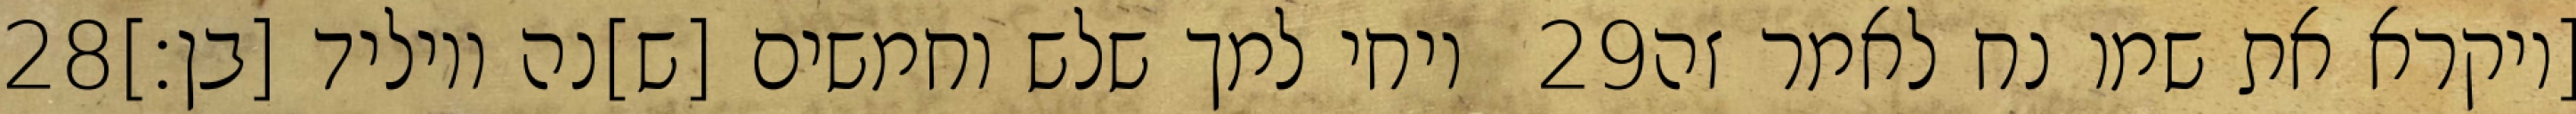
‎28‏ ויחי למך שלש וחמשים [ש]נה ויוליד [בן׃] ‎29‏ [ויקרא את שמו נח לאמר זה